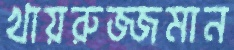
খায়রুজ্জমান